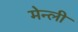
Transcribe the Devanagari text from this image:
मेन्ली